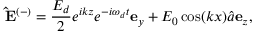
\mathbf { \hat { E } ^ { ( - ) } } = \frac { E _ { d } } { 2 } e ^ { i k z } e ^ { - i \omega _ { d } t } \mathbf { e } _ { y } + E _ { 0 } \cos ( k x ) \hat { a } \mathbf { e } _ { z } ,